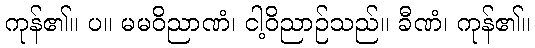
ကုန်၏။ ပ။ မမဝိညာဏံ၊ ငါ့ဝိညာဉ်သည်။ ခီဏံ၊ ကုန်၏။